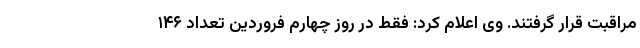
مراقبت قرار گرفتند. وی اعلام کرد: فقط در روز چهارم فروردین تعداد ۱۴۶